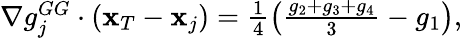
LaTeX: \begin{array}{r}{\nabla g_{j}^{GG}\cdot({\mathbf x}_{T}-{\mathbf x}_{j})=\frac{1}{4}\left(\frac{g_{2}+g_{3}+g_{4}}{3}-g_{1}\right),}\end{array}